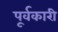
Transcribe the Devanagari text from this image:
पूर्वकारी